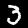
Digit: 3